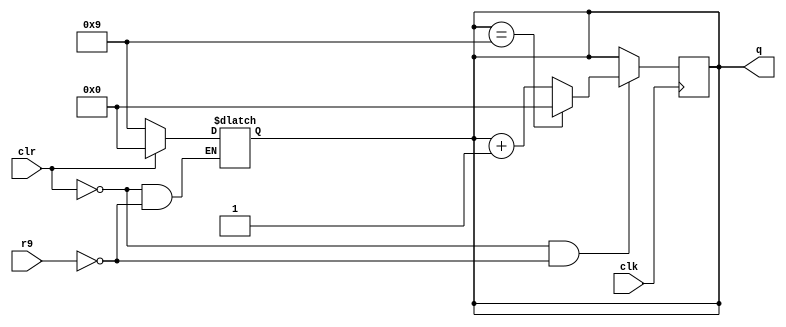
module sn74ls490(q, clk, clr, r9);
input clk, clr, r9;
output [3:0] q;
reg [3:0] cnt;

parameter 
	// TI TTL data book Vol 1, 1985
	tPLHA_min=0, tPLHA_typ=12, tPLHA_max=20,	//TPL CLK -> QA
	tPHLA_min=0, tPHLA_typ=13, tPHLA_max=20,
	tPLHB_min=0, tPLHB_typ=24, tPLHB_max=39,	//TPL CLK -> QB
	tPHLB_min=0, tPHLB_typ=26, tPHLB_max=39,
	tPLHC_min=0, tPLHC_typ=32, tPLHC_max=54,	//TPL CLK -> QC
	tPHLC_min=0, tPHLC_typ=36, tPHLC_max=54,
	tPLHD_min=0, tPLHD_typ=24, tPLHD_max=39,	//TPL CLK -> QD
	tPHLD_min=0, tPHLD_typ=26, tPHLD_max=39;

always @(clr, r9)
begin
  if (clr==1)
	cnt <= 4'b0000;
  else if (r9==1)
	cnt <= 4'b1001;
end

/* counter */
always @(negedge clk)
begin
	if (clr==0 && r9==0)
	begin
		cnt <= cnt==4'b1001 ? 4'b0000 : cnt+1;
	end
end

assign #(tPLHA_min:tPLHA_typ:tPLHA_max,
		 tPHLA_min:tPHLA_typ:tPHLA_max)
	q[0] = cnt[0];
assign #(tPLHB_min:tPLHB_typ:tPLHB_max,
		 tPHLB_min:tPHLB_typ:tPHLB_max)
	q[1] = cnt[1];
assign #(tPLHC_min:tPLHC_typ:tPLHC_max,
		 tPHLC_min:tPHLC_typ:tPHLC_max)
	q[2] = cnt[2];
assign #(tPLHD_min:tPLHD_typ:tPLHD_max,
		 tPHLD_min:tPHLD_typ:tPHLD_max)
	q[3] = cnt[3];

endmodule